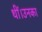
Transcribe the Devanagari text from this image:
थीं।उनका